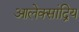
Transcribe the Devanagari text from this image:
आलेक्सांद्रिय